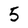
Character: 5